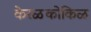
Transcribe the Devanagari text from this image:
केरळकोकिळ